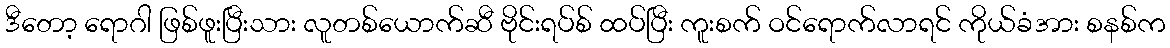
ဒီတော့ ရောဂါ ဖြစ်ဖူးပြီးသား လူတစ်ယောက်ဆီ ဗိုင်းရပ်စ် ထပ်ပြီး ကူးစက် ဝင်ရောက်လာရင် ကိုယ်ခံအား စနစ်က